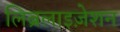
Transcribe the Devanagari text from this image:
लिब्रलाइज़ेशन